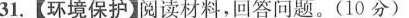
31.【环境保护】阅读材料，回答问题。(10分)